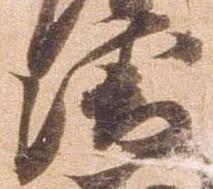
衛